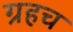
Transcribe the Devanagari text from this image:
ग्रहच